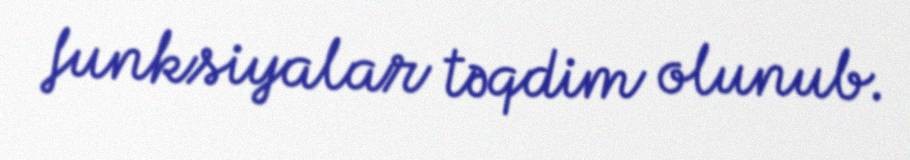
funksiyalar təqdim olunub.